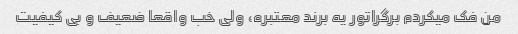
من فک میکردم برگراتور یه برند معتبره، ولی خب واقعا ضعیف و بی کیفیت